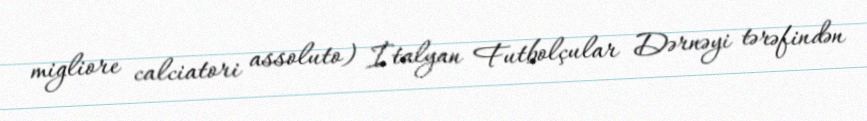
migliore calciatori assoluto) İtalyan Futbolçular Dərnəyi tərəfindən